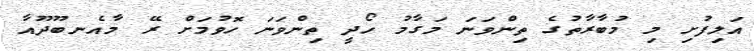
އަލިފުށި މި މުބާރާތުގެ ތިންވަނަ މަގާމު ހޯދީ ތިންވަނަ ހޮވުމަށް ރޭ މާއެނބޫދޫއާ